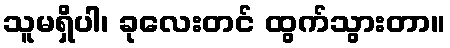
သူမရှိပါ၊ ခုလေးတင် ထွက်သွားတာ။